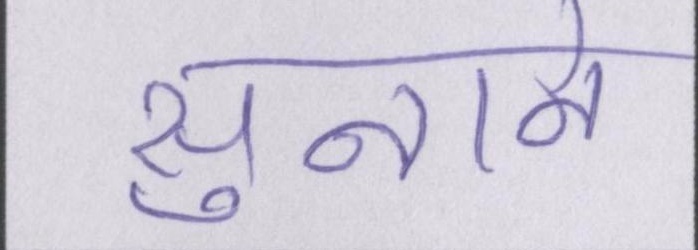
सुनाने